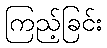
ကြည့်ခြင်း